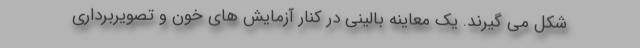
شکل می گیرند. یک معاینه بالینی در کنار آزمایش های خون و تصویربرداری